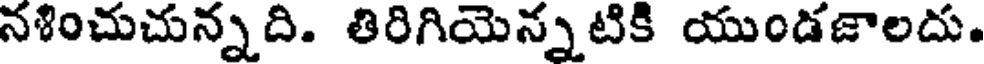
నశించుచున్నది. తిరిగియెన్నటికి యుండజాలదు.